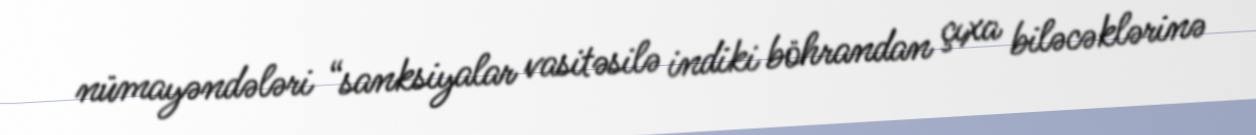
nümayəndələri “sanksiyalar vasitəsilə indiki böhrandan çıxa biləcəklərinə